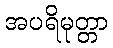
အပရိမုတ္တာ